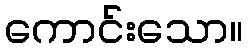
ကောင်းသော။